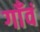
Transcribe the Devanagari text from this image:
गाँवं